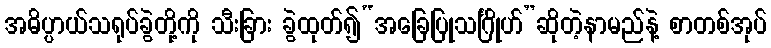
အဓိပ္ပာယ်သရုပ်ခွဲတို့ကို သီးခြား ခွဲထုတ်၍“အခြေပြုသင်္ဂြိုဟ်”ဆိုတဲ့နာမည်နဲ့ စာတစ်အုပ်